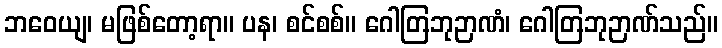
ဘဝေယျ၊ မဖြစ်တော့ရာ။ ပန၊ စင်စစ်။ ဂေါတြဘုဉာဏံ၊ ဂေါတြဘုဉာဏ်သည်။